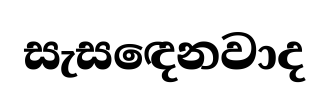
සැසඳෙනවාද